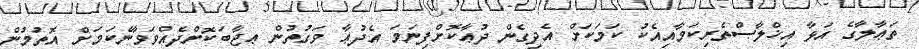
ތަޢާލާގެ އަޅާ އިޚްލާޞްތެރިކަމާއިއެކު ކަމަކަށް އެދިގެން ދުޢާކޮށްފިނަމަ އެދުޢާ ވަގުތުން ޢޖާބަކޮށްދެއްވަވާނެކަމަށް އޮތުމުން